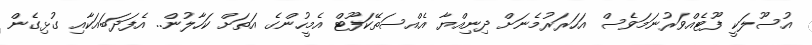
އުސޫލަކީ ފޫޓެއްވަރުނަމަވެސް އަހަރަރުމެނަށް ދިނިއްޔާ އެއްސަތޭކަފޫޓް އެމީހުންގެ އަތަށް ކަހާލުން.. އެފަދަބައަކާއި ގުޅިގެން